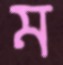
ম